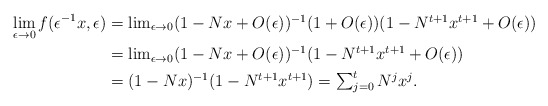
\begin{align*}\lim_{\epsilon\to 0} f(\epsilon^{-1}x,\epsilon)& = \textstyle \lim_{\epsilon\to 0} (1 - Nx + O(\epsilon))^{-1} (1+O(\epsilon)) (1 - N^{t+1}x^{t+1} + O(\epsilon))\\ & = \textstyle \lim_{\epsilon\to 0} (1 - Nx + O(\epsilon))^{-1} (1 - N^{t+1}x^{t+1} + O(\epsilon)) \\ & \textstyle = (1 - Nx)^{-1} (1 - N^{t+1}x^{t+1}) = \sum_{j=0}^t N^jx^j.\end{align*}